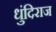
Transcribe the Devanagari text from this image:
धुंदिराज